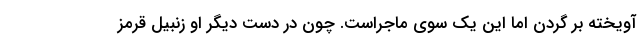
آویخته بر گردن اما این یک سوی ماجراست. چون در دست دیگر او زنبیل قرمز